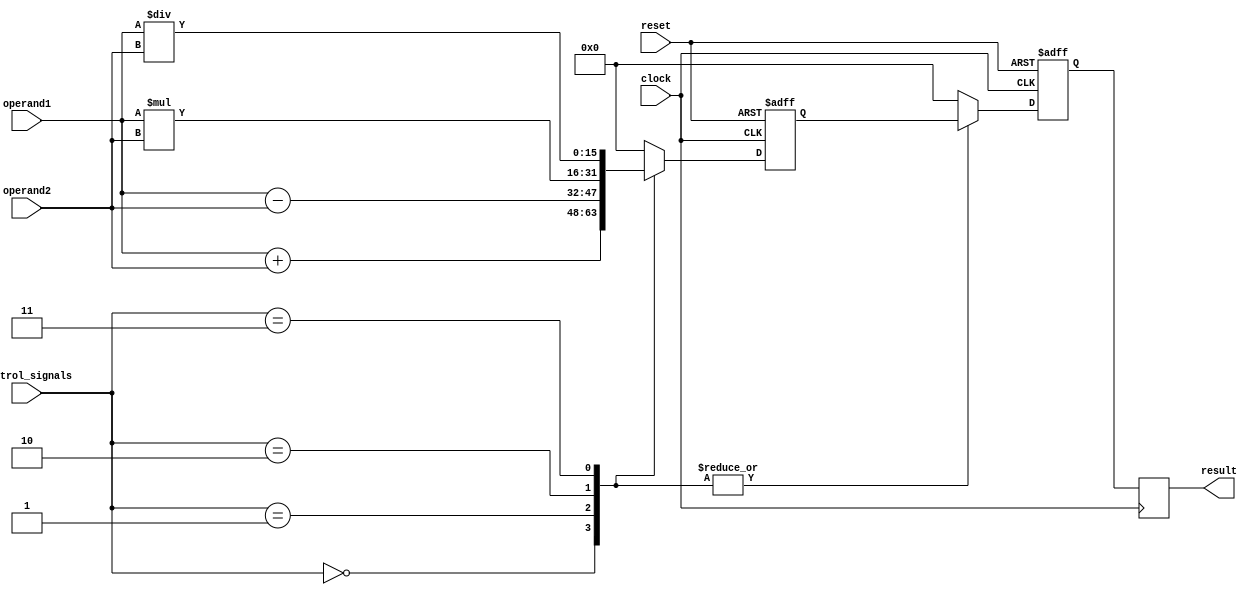
module ALU (
    input [15:0] operand1,
    input [15:0] operand2,
    input [3:0] control_signals,
    input clock,
    input reset,
    output reg [15:0] result
);

// Define internal signals
reg [15:0] temp_result;
reg [15:0] final_result;

// Arithmetic blocks
always @(posedge clock or posedge reset) begin
    if (reset) begin
        temp_result <= 16'd0;
    end else begin
        case (control_signals)
            4'b0000 : temp_result <= operand1 + operand2; // Addition
            4'b0001 : temp_result <= operand1 - operand2; // Subtraction
            4'b0010 : temp_result <= operand1 * operand2; // Multiplication
            4'b0011 : temp_result <= operand1 / operand2; // Division
            default : temp_result <= 16'd0;
        endcase
    end
end

// Multiplexers for selecting operation
always @(posedge clock or posedge reset) begin
    if (reset) begin
        final_result <= 16'd0;
    end else begin
        case (control_signals)
            4'b0000 : final_result <= temp_result; // Addition
            4'b0001 : final_result <= temp_result; // Subtraction
            4'b0010 : final_result <= temp_result; // Multiplication
            4'b0011 : final_result <= temp_result; // Division
            default : final_result <= 16'd0;
        endcase
    end
end

// Output register
always @(posedge clock) begin
    result <= final_result;
end

endmodule